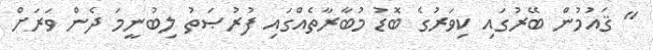
" ޤައުމުން ބޭރުގައި ކިވަރުގެ ބޮޑު މުބާރާތެއްގައި ފުރުޞަތު ލިބުނީމަ ދެން ވަރަށް